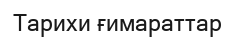
Тарихи ғимараттар